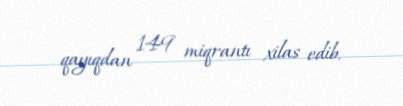
qayıqdan 149 miqrantı xilas edib.